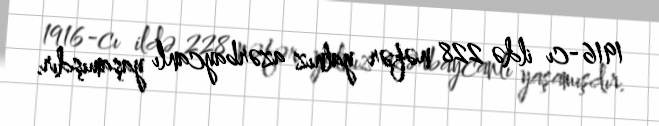
1916-cı ildə 228 nəfər yalnız azərbaycanlı yaşamışdır.